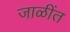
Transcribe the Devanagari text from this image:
जाळींत